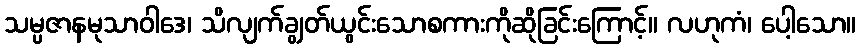
သမ္ပဇာနမုသာဝါဒေ၊ သိလျက်ချွတ်ယွင်းသောစကားကိုဆိုခြင်းကြောင့်။ လဟုကံ၊ ပေါ့သော။